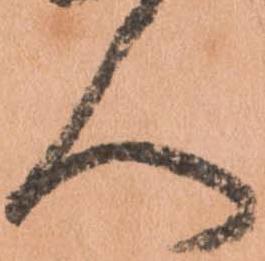
人